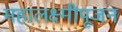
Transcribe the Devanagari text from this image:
महालक्ष्मीपूजन